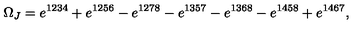
\Omega _ { J } = e ^ { 1 2 3 4 } + e ^ { 1 2 5 6 } - e ^ { 1 2 7 8 } - e ^ { 1 3 5 7 } - e ^ { 1 3 6 8 } - e ^ { 1 4 5 8 } + e ^ { 1 4 6 7 } ,